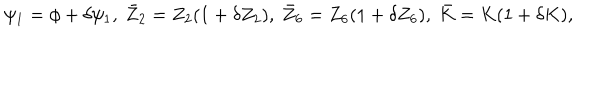
\psi _ { 1 } = \phi + \delta \psi _ { 1 } , \ \bar { Z } _ { 2 } = Z _ { 2 } ( 1 + \delta Z _ { 2 } ) , \ \bar { Z } _ { 6 } = Z _ { 6 } ( 1 + \delta Z _ { 6 } ) , \ \bar { K } = K ( 1 + \delta K ) ,